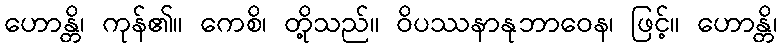
ဟောန္တိ၊ ကုန်၏။ ကေစိ၊ တို့သည်။ ဝိပဿနာနုဘာဝေန၊ ဖြင့်။ ဟောန္တိ၊